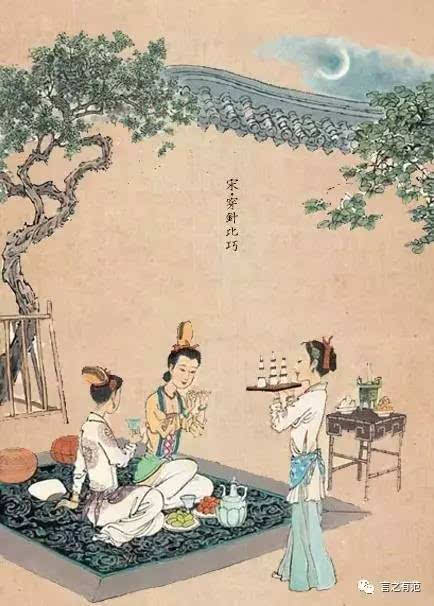
织女牵牛送夕阳，临看不觉鹊桥长。